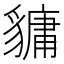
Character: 𧴄